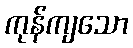
ကုန်ကျသော